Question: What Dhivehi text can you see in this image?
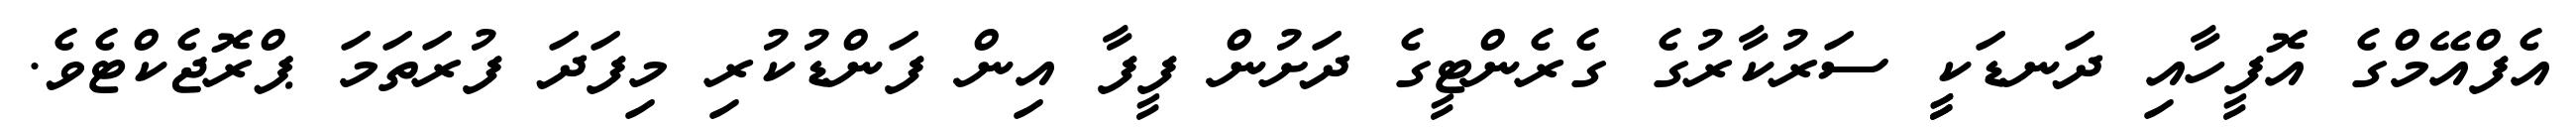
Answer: އެފްއޭމްގެ އޮފީހާއި ދަނޑަކީީ ސަރުކާރުގެ ގެރެންޓީގެ ދަށުން ފީފާ އިން ފަންޑުކުރި މިފަދަ ފުރަތަމަ ޕްރޮޖެކްޓެވެ.